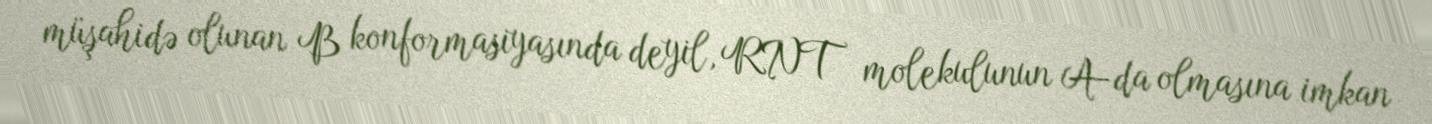
müşahidə olunan B konformasiyasında deyil, RNT molekulunun A-da olmasına imkan